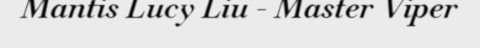
Mantis Lucy Liu - Master Viper